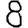
Digit: 8